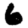
Digit: 6